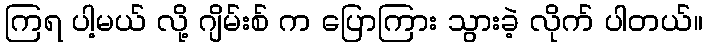
ကြရ ပါ့မယ် လို့ ဂျိမ်းစ် က ပြောကြား သွားခဲ့ လိုက် ပါတယ်။